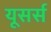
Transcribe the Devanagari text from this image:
यूसर्स